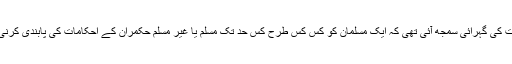
اس روز جس طرح مجھے اس بات کی گہرائی سمجھ آئی تھی کہ ایک مسلمان کو کس کس طرح کس حد تک مسلم یا غیر مسلم حکمران کے احکامات کی پابندی کرنی چاہیے پہلے کبھی نہیں آئی تھی۔